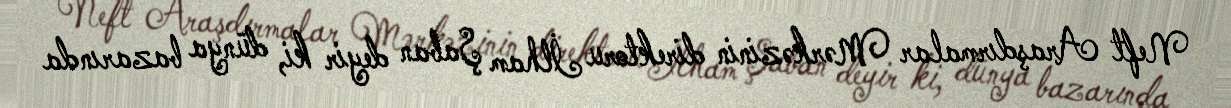
Neft Araşdırmalar Mərkəzinin direktoru İlham Şaban deyir ki, dünya bazarında